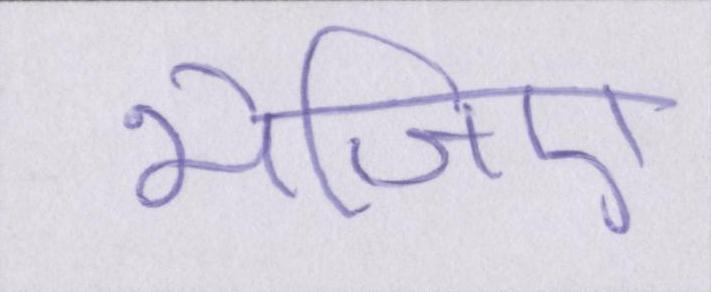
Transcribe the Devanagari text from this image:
भेजिए